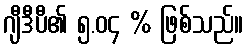
ဂျီဒီပီ၏ ၅.၀၄ % ဖြစ်သည်။